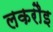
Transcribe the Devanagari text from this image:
लकरौइ